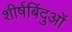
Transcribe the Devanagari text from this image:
शीर्षबिंदुओं